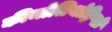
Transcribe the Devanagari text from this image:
कीमोलिथोट्रिप्सी